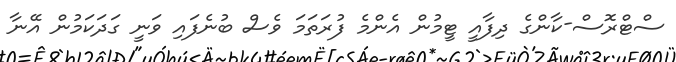
ސްޓްރޮސް-ކާންގެ ދިފާއީ ޓީމުން އެންމެ ފުރަތަމަ ވެސް ބުނެފައި ވަނީ ގަދަކަމުން އޭނާ